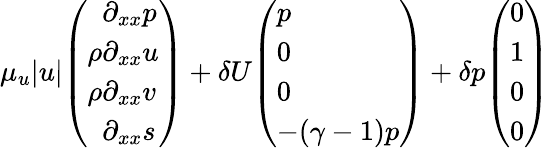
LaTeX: \mu_{u}|u|\begin{array}{l}{\left(\begin{array}{l}{\phantom{\rho}\partial_{xx}p}\\ {\rho\partial_{xx}u}\\ {\rho\partial_{xx}v}\\ {\phantom{\rho}\partial_{xx}s}\end{array}\right)}\end{array}+\delta U\begin{array}{l}{\left(\begin{array}{l}{p}\\ {0}\\ {0}\\ {-(\gamma-1)p}\end{array}\right)}\end{array}+\delta p\begin{array}{l}{\left(\begin{array}{l}{0}\\ {1}\\ {0}\\ {0}\end{array}\right)}\end{array}